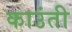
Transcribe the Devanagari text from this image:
काउंती